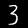
Label: 3